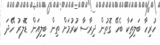
ހުރިހާ ބަލިތަކާ ބެހޭ ގޮތުން ދިރާސާ ކުރުމަށް ތިން ބިލިއަން ޑޮލަރު ހޭދަ